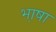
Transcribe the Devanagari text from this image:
भा़षा